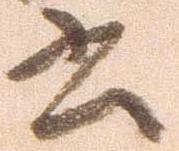
書